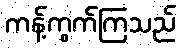
ကန့်ကွက်ကြသည်